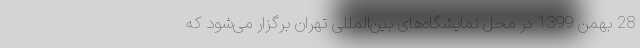
28 بهمن 1399 در محل نمایشگاه‌های بین‌المللی تهران برگزار می‌شود که